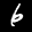
Label: 6